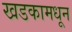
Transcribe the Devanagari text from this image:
खडकामधून